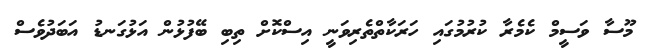
މޫސާ ވަސީމް ކެމެރާ ކުރުމުގައި ހަރަކާތްތެރިވަނީ އިސްކޮށް ތިބި ބޭފުޅުން އަޅުގަނޑު އަބަދުވެސް